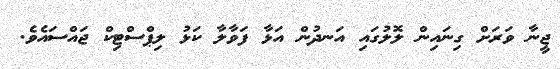
ޖީނާ ވަރަށް ގިނައިން ލޮލުގައި އަނދުން އަޅާ ފަވާލާ ކަޅު ލިޕްސްޓިކް ޖައްސައެވެ.